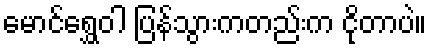
မောင်ရွှေဝါ ပြန်သွားကတည်းက ငိုတာပဲ။